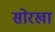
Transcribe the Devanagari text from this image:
सोरखा